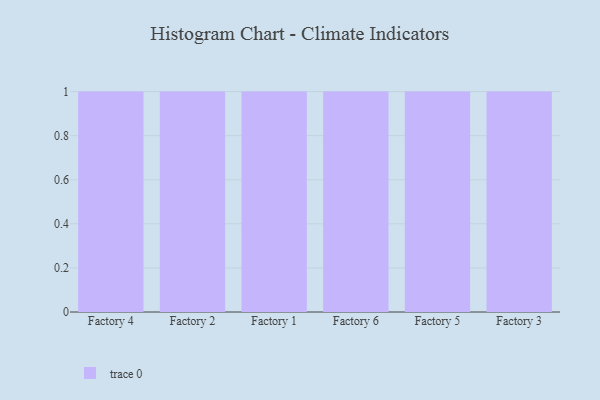
{"axis": {"x": "Factory", "y": "Energy Usage (MWh)"}, "legend": [""], "data": [{"x": "Factory 4", "y": 2, "type": ""}, {"x": "Factory 2", "y": 76, "type": ""}, {"x": "Factory 1", "y": 40, "type": ""}, {"x": "Factory 6", "y": 86, "type": ""}, {"x": "Factory 5", "y": 24, "type": ""}, {"x": "Factory 3", "y": 86, "type": ""}]}